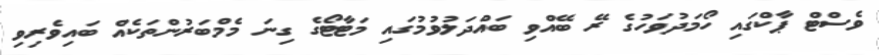
ވެސްޓް ޕާކްގައި ހޯމަދުވަހުގެ ރޭ ބޭއްވި ބައްދަލުވުމުގައި މަޓާޓޯގެ ގިނަ މެމްބަރުންތަކެއް ބައިވެރިވި